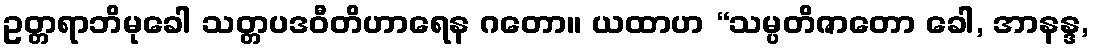
ဥတ္တရာဘိမုခေါ သတ္တပဒဝီတိဟာရေန ဂတော။ ယထာဟ “သမ္ပတိဇာတော ခေါ, အာနန္ဒ,